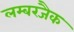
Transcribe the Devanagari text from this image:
लम्बरजैक